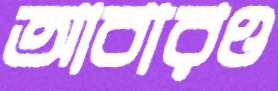
আবারও